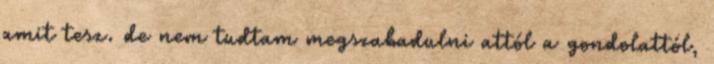
amit tesz. de nem tudtam megszabadulni attól a gondolattól,